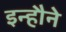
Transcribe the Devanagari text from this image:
इन्हौने